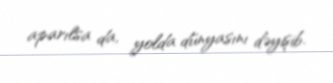
aparılsa da, yolda dünyasını dəyişib.